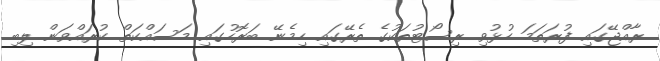
ރާއްޖޭގައި ފުރަތަމަ ހުޅުވި ރިސޯޓުތަކުގެ ތެރޭގައި ހިމެނޭ ބަރޮހުގައި މަސައްކަތް ކުރައްވަން ލިބި